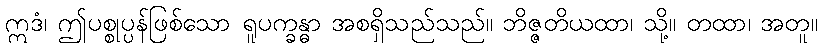
ဣဒံ၊ ဤပစ္စုပ္ပန်ဖြစ်သော ရူပက္ခန္ဓာ အစရှိသည်သည်။ ဘိဇ္ဇတိယထာ၊ သို့။ တထာ၊ အတူ။